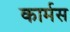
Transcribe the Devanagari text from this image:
कार्मस